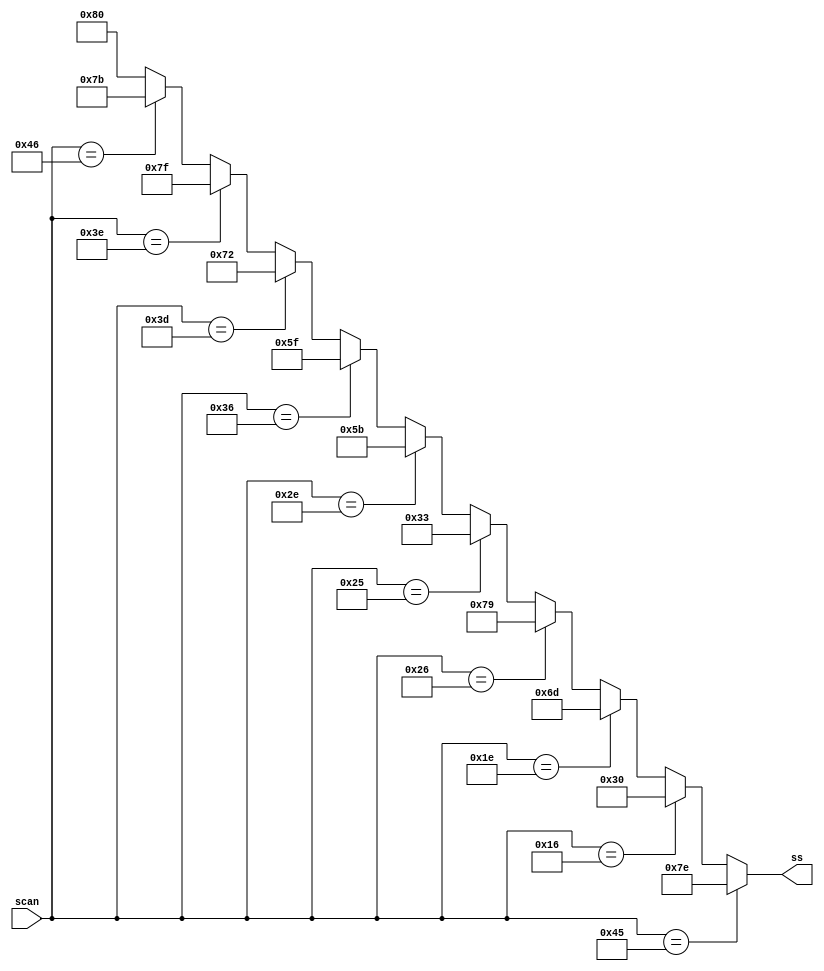
module scan_2_7seg (scan, ss);
  input  [7:0] scan;
  output [7:0] ss;

  
  assign ss = (scan == 8'h45) ? 8'b01111110 :
              (scan == 8'h16) ? 8'b00110000 :
              (scan == 8'h1E) ? 8'b01101101 :
              (scan == 8'h26) ? 8'b01111001 :
              (scan == 8'h25) ? 8'b00110011 :
              (scan == 8'h2E) ? 8'b01011011 :
              (scan == 8'h36) ? 8'b01011111 :
              (scan == 8'h3D) ? 8'b01110010 :
              (scan == 8'h3E) ? 8'b01111111 :
              (scan == 8'h46) ? 8'b01111011 : 8'b10000000 ;
endmodule 


module scan_2_bin(ss, bin);
  input  [7:0] ss;
  output [3:0] bin;
  wire [3:0] bin;
  
  assign bin = //ss == 8'h45)? 4'b0000 :		//0
              (ss == 8'h16)? 4'b0001 :		//1
              (ss == 8'h1E)? 4'b0010 :		//2
              (ss == 8'h26)? 4'b0011 :		//3
              (ss == 8'h25)? 4'b0100 :
              (ss == 8'h2E)? 4'b0101 :
              (ss == 8'h36)? 4'b0110 :
              (ss == 8'h3D)? 4'b0111 :
              (ss == 8'h3E)? 4'b1000 :
			  (ss == 8'h46)? 4'b1001 : 		//9
			  (ss == 8'h2D)? 4'b1010 : 		//red
			  (ss == 8'h34)? 4'b1011 : 		//green
			  (ss == 8'h32)? 4'b1100 : 4'b0000; //blue
			  
endmodule

module bin2bcd(bin, bcd);
input  [7:0] bin;
output [11:0] bcd;
reg [11:0] bcd;
reg [3:0] i;

always@(bin)
	begin 
		bcd=0;
		for(i=0; i<8; i=i+1)
		begin 
			bcd = {bcd[10:0],bin[7-i]};
			
			if(i<7 && bcd[3:0]>4)
				bcd[3:0] = bcd[3:0] +3;
			if(i<7 && bcd[7:4]>4)
				bcd[7:4] = bcd[7:4] +3;	
			if(i<7 && bcd[11:8]>4)
				bcd[11:8] = bcd[11:8] +3;
		end
		
	end
	

endmodule


module bcd_2_7seg (bcd, display);
  input  [11:0] bcd;
  output [7:0] display;

  
  assign display = (bcd  == 12'd0) ? 8'b01111110 :		//0
              (bcd == 12'd1) ? 8'b00110000 :		//1
              (bcd  == 12'd2) ? 8'b01101101 :		//2
              (bcd  == 12'd3) ? 8'b01111001 :		//3
              (bcd  == 12'd4) ? 8'b00110011 :
              (bcd  == 12'd5) ? 8'b01011011:
              (bcd  == 12'd6) ? 8'b01011111 :
              (bcd  == 12'd7) ? 8'b01110010 :
              (bcd  == 12'd8) ? 8'b01111111 :
              (bcd  == 12'd9) ? 8'b01111011 : 8'b10000000 ;
				  
				   
				  				  
endmodule